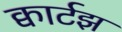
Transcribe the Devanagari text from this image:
क्वार्टझ